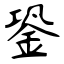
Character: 銎